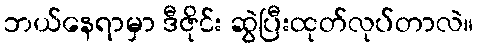
ဘယ်နေရာမှာ ဒီဇိုင်း ဆွဲပြီးထုတ်လုပ်တာလဲ။